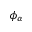
\phi _ { \alpha }